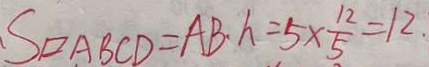
S _ { \square A B C D } = A B \cdot h = 5 \times \frac { 1 2 } { 5 } = 1 2 .